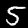
Digit: 5